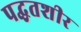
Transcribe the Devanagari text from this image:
पद्घतशीर